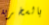
بالسخرية